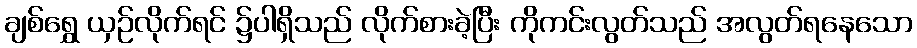
ချစ်ရွှေ ယှဉ်လိုက်ရင် ၌ပါရှိသည် လိုက်စားခဲ့ပြီး ကိုကင်းလွတ်သည် အလွတ်ရနေသော